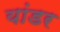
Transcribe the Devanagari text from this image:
यांडर